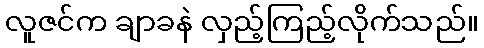
လူဇင်က ချာခနဲ လှည့်ကြည့်လိုက်သည်။